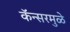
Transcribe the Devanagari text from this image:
कॅन्सरमुळे